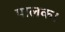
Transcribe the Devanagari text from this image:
पालक।